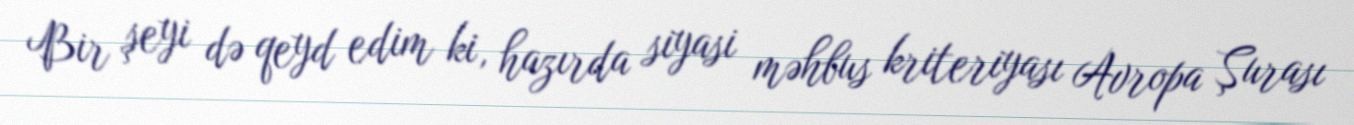
Bir şeyi də qeyd edim ki, hazırda siyasi məhbus kriteriyası Avropa Şurası